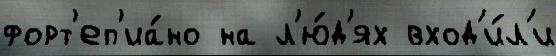
форт'еп'иа́но на л'ю́д'ях вход'и́л'и